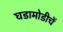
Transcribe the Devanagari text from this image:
घडामोडीचें